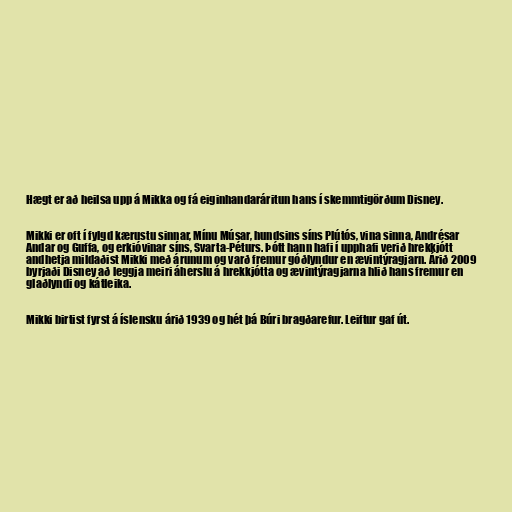
Hægt er að heilsa upp á Mikka og fá eiginhandaráritun hans í skemmtigörðum Disney.

Mikki er oft í fylgd kærustu sinnar, Mínu Músar, hundsins síns Plútós, vina sinna, Andrésar
Andar og Guffa, og erkióvinar síns, Svarta-Péturs. Þótt hann hafi í upphafi verið hrekkjótt
andhetja mildaðist Mikki með árunum og varð fremur góðlyndur en ævintýragjarn. Árið 2009
byrjaði Disney að leggja meiri áherslu á hrekkjótta og ævintýragjarna hlið hans fremur en
glaðlyndi og kátleika.

Mikki birtist fyrst á íslensku árið 1939 og hét þá Búri bragðarefur. Leiftur gaf út.